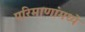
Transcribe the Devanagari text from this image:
परिमाणांमध्ये